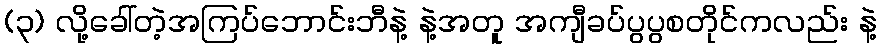
(၃) လို့ခေါ်တဲ့အကြပ်ဘောင်းဘီနဲ့ နဲ့အတူ အကျီခပ်ပွပွစတိုင်ကလည်း နဲ့